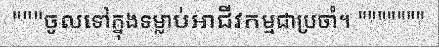
"""ចូលទៅក្នុងទម្លាប់អាជីវកម្មជាប្រចាំ។ """""""